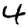
Digit: 4